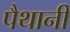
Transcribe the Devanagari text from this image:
पैथानी